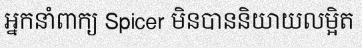
អ្នកនាំពាក្យ Spicer មិនបាននិយាយលម្អិត